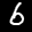
Label: 6